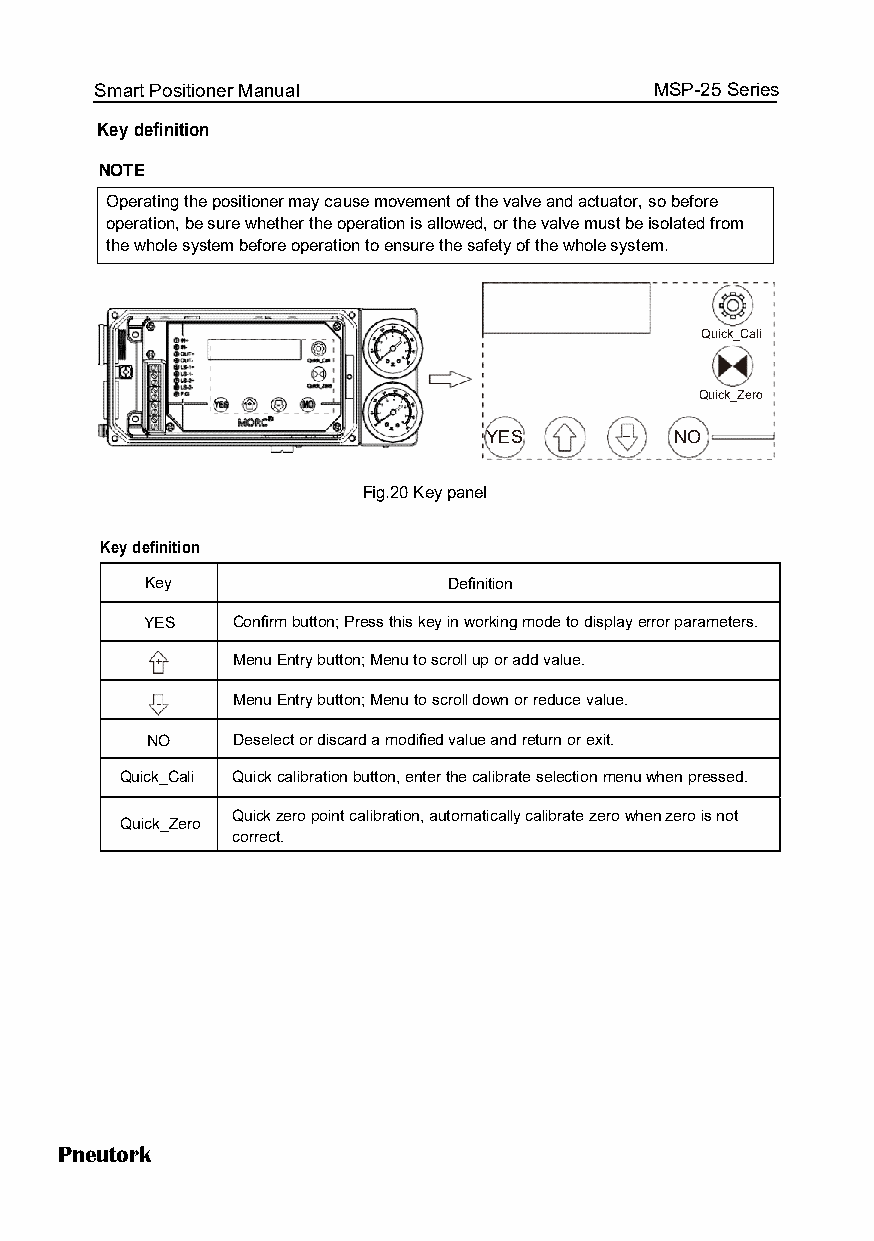
Smart Positioner Manual              MSP-25 Series
 Key definition
 NOTE
 OOppeerraattiinngg tthhee ppoossiittiioonneerr mmaayy ccaauussee mmoovveemmeenntt ooff tthhee vvaallvvee aanndd aaccttuuaattoorr,, ssoo bbeeffoorree
 ooppeerraattiioonn,, bbee ssuurree wwhheetthheerr tthhee ooppeerraattiioonn iiss aalllloowweedd,, oorr tthhee vvaallvvee mmuusstt bbee iissoollaatteedd ffrroomm
 the whole systteemm bbeeffoorree ooppeerraattiioonn ttoo eennssuurree tthhee ssaaffeettyy ooff tthhee wwhhoollee ssyysstteemm..
 Quick_Cali
 Quick_Zero
 YES      -   NO
 Fig.20 Key panel
 Key definition
 Key                 Definition
 YES  Confirm button; Press this key in working mode to display error parameters.
 +    Menu Entry button; Menu to scroll up or add value.
 Menu Entry button; Menu to scroll down or reduce value.
 -
 NO   Deselect or discard a modified value and return or exit.
 Quick_Cali Quick calibration button, enter the calibrate selection mmeennuu when pressed.
 Quick zero point calibration, automatically calibrate zero wwhheenn zero is not
 Quick_Zero
 correct.
 Pneutork